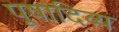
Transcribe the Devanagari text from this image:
पूषादिव्य